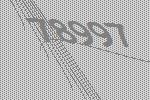
78997